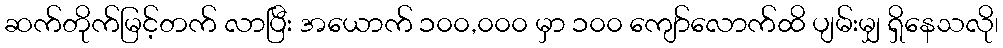
ဆက်တိုက်မြင့်တက် လာပြီး အယောက် ၁၀၀,၀၀၀ မှာ ၁၀၀ ကျော်လောက်ထိ ပျမ်းမျှ ရှိနေသလို၊